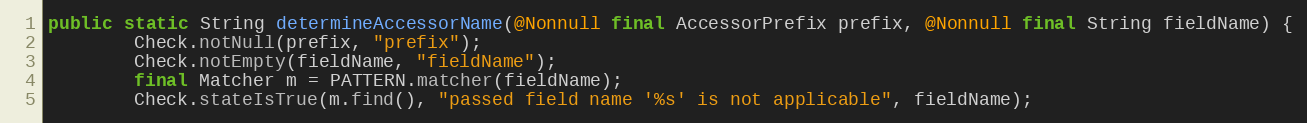
Language: Java
public static String determineAccessorName(@Nonnull final AccessorPrefix prefix, @Nonnull final String fieldName) {
		Check.notNull(prefix, "prefix");
		Check.notEmpty(fieldName, "fieldName");
		final Matcher m = PATTERN.matcher(fieldName);
		Check.stateIsTrue(m.find(), "passed field name '%s' is not applicable", fieldName);